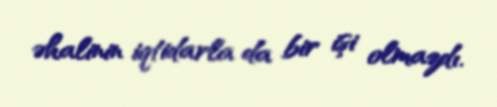
əhalinin iqtidarla da bir işi olmazdı.